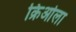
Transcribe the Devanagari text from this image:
क्रिओला